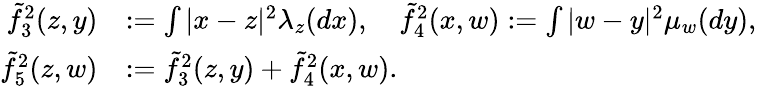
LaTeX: \begin{array}{rl}{\tilde{f}_{3}^{2}(z,y)}&{:=\int|x-z|^{2}\lambda_{z}(dx),\quad\tilde{f}_{4}^{2}(x,w):=\int|w-y|^{2}\mu_{w}(dy),}\\ {\tilde{f}_{5}^{2}(z,w)}&{:=\tilde{f}_{3}^{2}(z,y)+\tilde{f}_{4}^{2}(x,w).}\end{array}